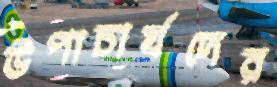
উপাচার্যদের